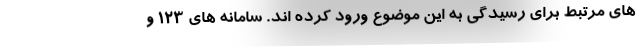
های مرتبط برای رسیدگی به این موضوع ورود کرده اند. سامانه های ۱۲۳ و